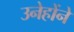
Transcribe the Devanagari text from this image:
उनेहोंने